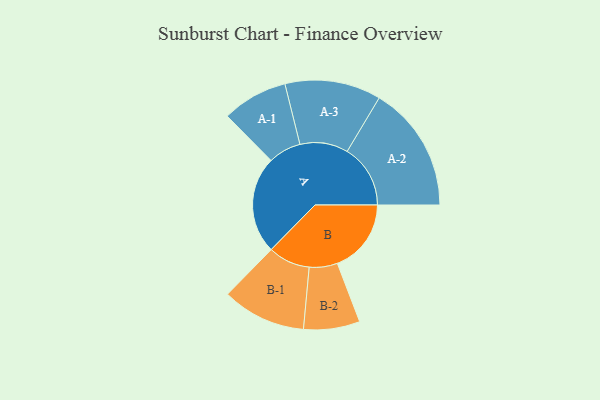
{"axis": {"x": "Segment", "y": "Value"}, "legend": ["", "A", "B"], "data": [{"x": "A", "y": 429, "type": ""}, {"x": "B", "y": 326, "type": ""}, {"x": "A-1", "y": 145, "type": "A"}, {"x": "A-2", "y": 279, "type": "A"}, {"x": "A-3", "y": 212, "type": "A"}, {"x": "B-1", "y": 185, "type": "B"}, {"x": "B-2", "y": 124, "type": "B"}]}